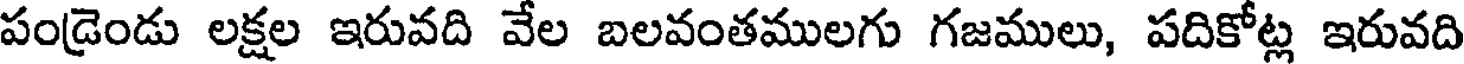
పండ్రెండు లక్షల ఇరువది వేల బలవంతములగు గజములు, పదికోట్ల ఇరువది